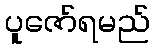
ပူဇော်ရမည်